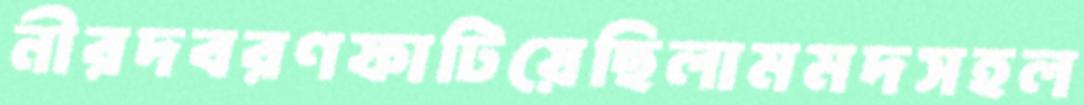
নীরদবরণফাটিয়েছিলামমদসহল